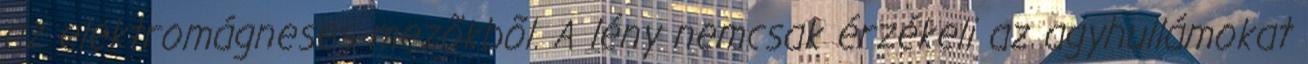
az elektromágneses mezõkbõl. A lény nemcsak érzékeli az agyhullámokat